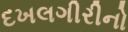
દખલગીરીનો